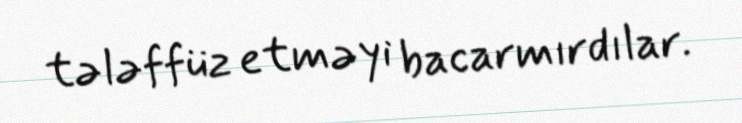
tələffüz etməyi bacarmırdılar.